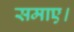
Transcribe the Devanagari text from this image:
समाए।